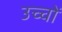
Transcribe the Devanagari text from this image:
उच्चों